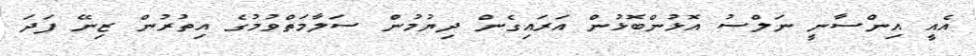
އެއީ އިންސާނީ ނަލްސު އޮޅުންބޮޅުން އަރައިގެން ދިޔުމުން ސަލާމަތްވުމުގެ އިތުރުން ޒިނޭ ފަދަ